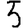
Digit: 5